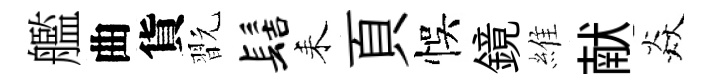
艦曲貨翫髻耒頁悞鏡維献焱